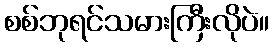
စစ်ဘုရင်သမားကြီးလိုပဲ။